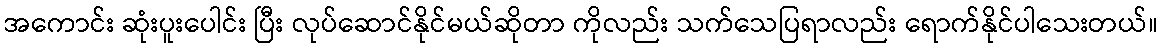
အကောင်း ဆုံးပူးပေါင်း ပြီး လုပ်ဆောင်နိုင်မယ်ဆိုတာ ကိုလည်း သက်သေပြရာလည်း ရောက်နိုင်ပါသေးတယ်။